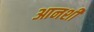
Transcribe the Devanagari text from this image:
आनशी